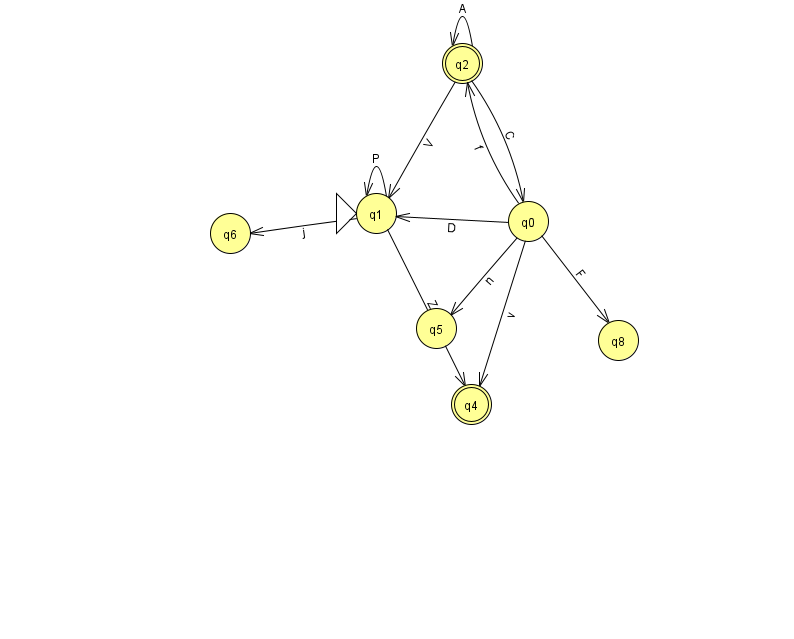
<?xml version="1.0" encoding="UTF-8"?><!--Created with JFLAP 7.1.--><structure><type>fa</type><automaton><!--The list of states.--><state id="0" name="q0"><x>528.0</x><y>208.0</y></state><state id="1" name="q1"><x>376.0</x><y>200.0</y><initial/></state><state id="2" name="q2"><x>462.0</x><y>50.0</y><final/></state><state id="4" name="q4"><x>471.0</x><y>391.0</y><final/></state><state id="5" name="q5"><x>436.0</x><y>315.0</y></state><state id="6" name="q6"><x>230.0</x><y>220.0</y></state><state id="8" name="q8"><x>618.0</x><y>327.0</y></state><!--The list of transitions.--><transition><from>1</from><to>1</to><read>P</read></transition><transition><from>2</from><to>2</to><read>A</read></transition><transition><from>2</from><to>1</to><read>V</read></transition><transition><from>0</from><to>4</to><read>v</read></transition><transition><from>1</from><to>6</to><read>j</read></transition><transition><from>2</from><to>0</to><read>C</read></transition><transition><from>0</from><to>1</to><read>D</read></transition><transition><from>0</from><to>8</to><read>F</read></transition><transition><from>0</from><to>2</to><read>f</read></transition><transition><from>0</from><to>5</to><read>n</read></transition><transition><from>1</from><to>4</to><read>Z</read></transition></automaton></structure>